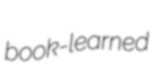
book-learned